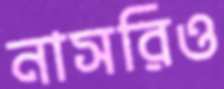
নাসরিও